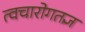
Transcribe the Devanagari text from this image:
त्वचारोगतज्ञ